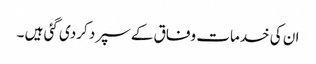
ان کی خدمات وفاق کے سپرد کردی گئی ہیں ۔